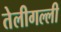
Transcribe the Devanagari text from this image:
तेलीगल्ली